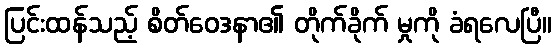
ပြင်းထန်သည့် စိတ်ဝေဒနာ၏ တိုက်ခိုက် မှုကို ခံရလေပြီ။